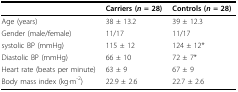
<table><thead><tr><td></td><td><b>Carriers (<i>n </i>= 28)</b></td><td><b>Controls (<i>n </i>= 28)</b></td></tr></thead><tbody><tr><td>Age (years)</td><td>38 ± 13.2</td><td>39 ± 12.3</td></tr><tr><td>Gender (male/female)</td><td>11/17</td><td>11/17</td></tr><tr><td>systolic BP (mmHg)</td><td>115 ± 12</td><td>124 ± 12*</td></tr><tr><td>Diastolic BP (mmHg)</td><td>66 ± 10</td><td>72 ± 7*</td></tr><tr><td>Heart rate (beats per minute)</td><td>63 ± 9</td><td>67 ± 9</td></tr><tr><td>Body mass index (kg·m<sup>-2</sup>)</td><td>22.9 ± 2.6</td><td>22.7 ± 2.6</td></tr></tbody></table>